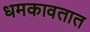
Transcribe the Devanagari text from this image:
धमकावतात